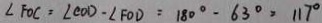
\angle F O C = \angle C O D - \angle F O D = 1 8 0 ^ { \circ } - 6 3 ^ { \circ } = 1 1 7 ^ { \circ }